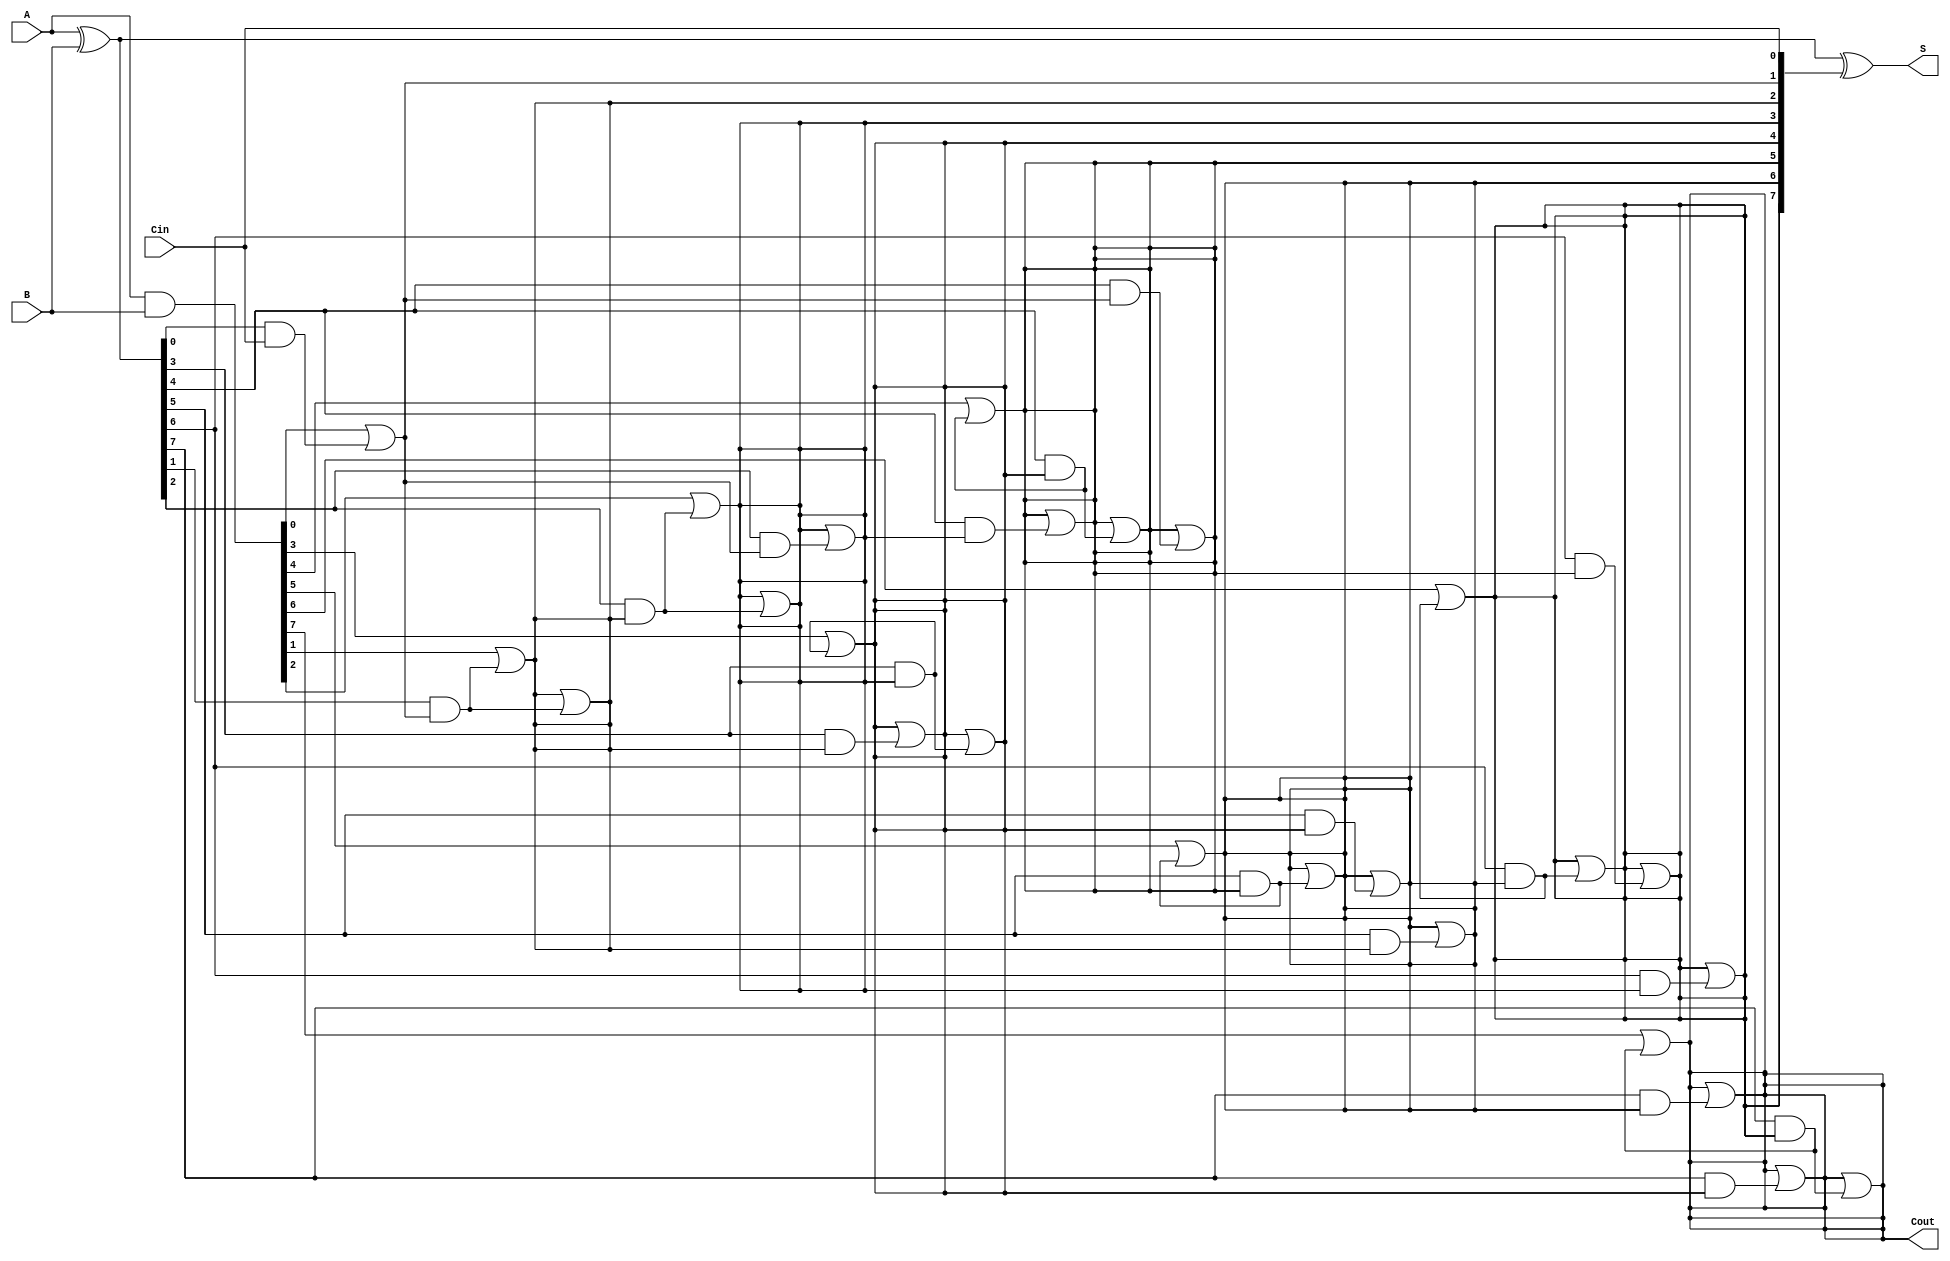
module KoggeStoneAdder #(parameter n = 8) (
    input [n-1:0] A,
    input [n-1:0] B,
    input Cin,
    output [n-1:0] S,
    output Cout
);

    // Intermediate signals for propagate and generate
    wire [n-1:0] P; // Propagate
    wire [n-1:0] G; // Generate
    wire [n:0] C;   // Carry signals (C[0] = Cin)

    // Generate and Propagate signals
    assign P = A ^ B; // Propagate
    assign G = A & B; // Generate

    // Initialize carry-in
    assign C[0] = Cin;

    // Carry generation using Kogge-Stone logic
    genvar i, j;
    generate
        for (i = 0; i < n; i = i + 1) begin : carry_stage
            if (i == 0) begin
                assign C[i + 1] = G[i] | (P[i] & C[i]);
            end else begin
                assign C[i + 1] = G[i] | (P[i] & C[i]);
            end
        end

        // Prefix tree for carry generation
        for (j = 1; j < n; j = j * 2) begin : prefix_tree
            for (i = 0; i < n; i = i + 1) begin : stage
                if (i >= j) begin
                    assign C[i + 1] = C[i + 1] | (P[i] & C[i - j + 1]);
                end
            end
        end
    endgenerate

    // Sum calculation
    assign S = P ^ C[n-1:0];

    // Carry out
    assign Cout = C[n];

endmodule